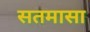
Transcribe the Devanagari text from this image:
सतमासा